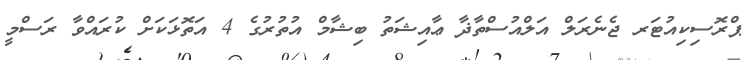
ޕްރޮސިކިއުޓަރ ޖެނެރަލް އަލްއުސްތާޛާ ޢާއިޝަތު ބިޝާމް އުތުރުގެ 4 އަތޮޅަކަށް ކުރައްވާ ރަސްމީ